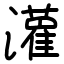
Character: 𫞞